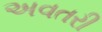
અવતરી